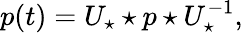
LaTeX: p(t)=U_{\star}\star p\star U_{\star}^{-1},